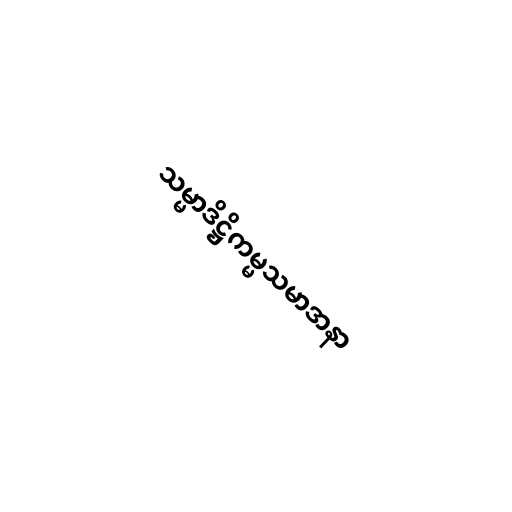
သမ္မာဒိဋ္ဌိကမ္မသမာဒာနာ